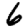
Digit: 6